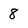
Character: 8